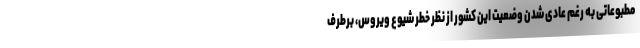
مطبوعاتی به رغم عادی شدن وضعیت این کشور از نظر خطر شیوع ویروس، برطرف